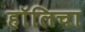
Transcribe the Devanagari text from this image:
हॉलिचा